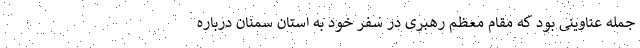
جمله عناوینی بود که مقام معظم رهبری در سفر خود به استان سمنان درباره